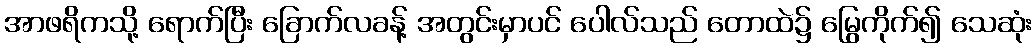
အာဖရိကသို့ ရောက်ပြီး ခြောက်လခန့် အတွင်းမှာပင် ပေါလ်သည် တောထဲ၌ မြွေကိုက်၍ သေဆုံး